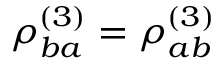
\rho _ { b a } ^ { ( 3 ) } = \rho _ { a b } ^ { ( 3 ) }